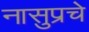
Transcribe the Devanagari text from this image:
नासुप्रचे